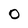
Character: O